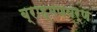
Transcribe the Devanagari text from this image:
ब्राह्मणवर्ण